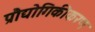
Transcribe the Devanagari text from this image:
प्रौद्योगिकीकरण